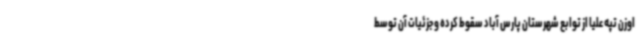
اوزن تپه علیا از توابع شهرستان پارس آباد سقوط کرده و جزئیات آن توسط